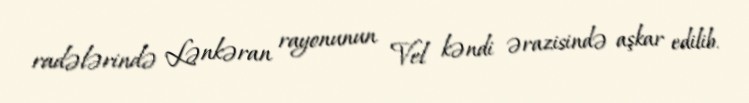
radələrində Lənkəran rayonunun Vel kəndi ərazisində aşkar edilib.